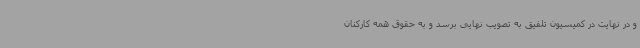
و در نهایت در کمیسیون تلفیق به تصویب نهایی برسد و به حقوق همه کارکنان